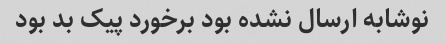
نوشابه ارسال نشده بود برخورد پیک بد بود